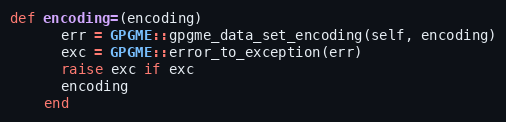
Language: Ruby
def encoding=(encoding)
      err = GPGME::gpgme_data_set_encoding(self, encoding)
      exc = GPGME::error_to_exception(err)
      raise exc if exc
      encoding
    end